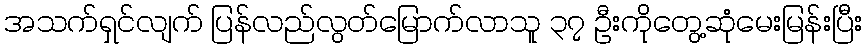
အသက်ရှင်လျက် ပြန်လည်လွတ်မြောက်လာသူ ၃၇ ဦးကိုတွေ့ဆုံမေးမြန်းပြီး